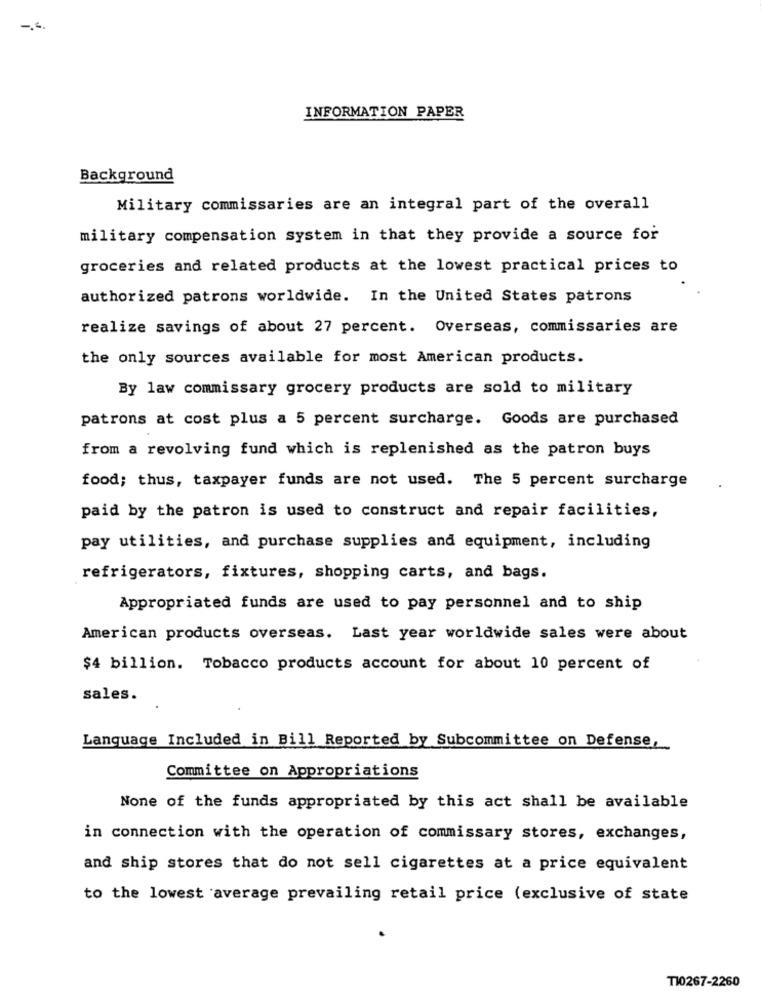
INFORMATION PAPER
Background
Military commissaries are an integral part of the overall
military compensation system in that they provide a source for
groceries and related products at the lowest practical prices to
authorized patrons worldwide. In the United States patrons
realize savings of about 27 percent. Overseas, commissaries are
the only sources available for most American products.
By law commissary grocery products are sold to military
patrons at cost plus a 5 percent surcharge. Goods are purchased
from a revolving fund which is replenished as the patron buys
food; thus, taxpayer funds are not used. The 5 percent surcharge
paid by the patron is used to construct and repair facilities,
pay utilities, and purchase supplies and equipment, including
refrigerators, fixtures, shopping carts, and bags.
Appropriated funds are used to pay personnel and to ship
American products overseas. Last year worldwide sales were about
$4 billion. Tobacco products account for about 10 percent of
sales.
Language Included in Bill Reported by Subcommittee on Defense,
Committee on Appropriations
None of the funds appropriated by this act shall be available
in connection with the operation of commissary stores, exchanges,
and ship stores that do not sell cigarettes at a price equivalent
to the lowest average prevailing retail price (exclusive of state
T10267-2260